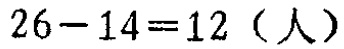
\(26 - 14 = 12 \ (\text{人})\)